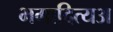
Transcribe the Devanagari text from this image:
भगादित्यअ